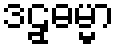
ဒဠှဓမ္မာ